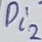
Text: Di2